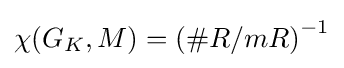
\chi (G_{K},M)=\left(\#R/mR\right)^{-1}